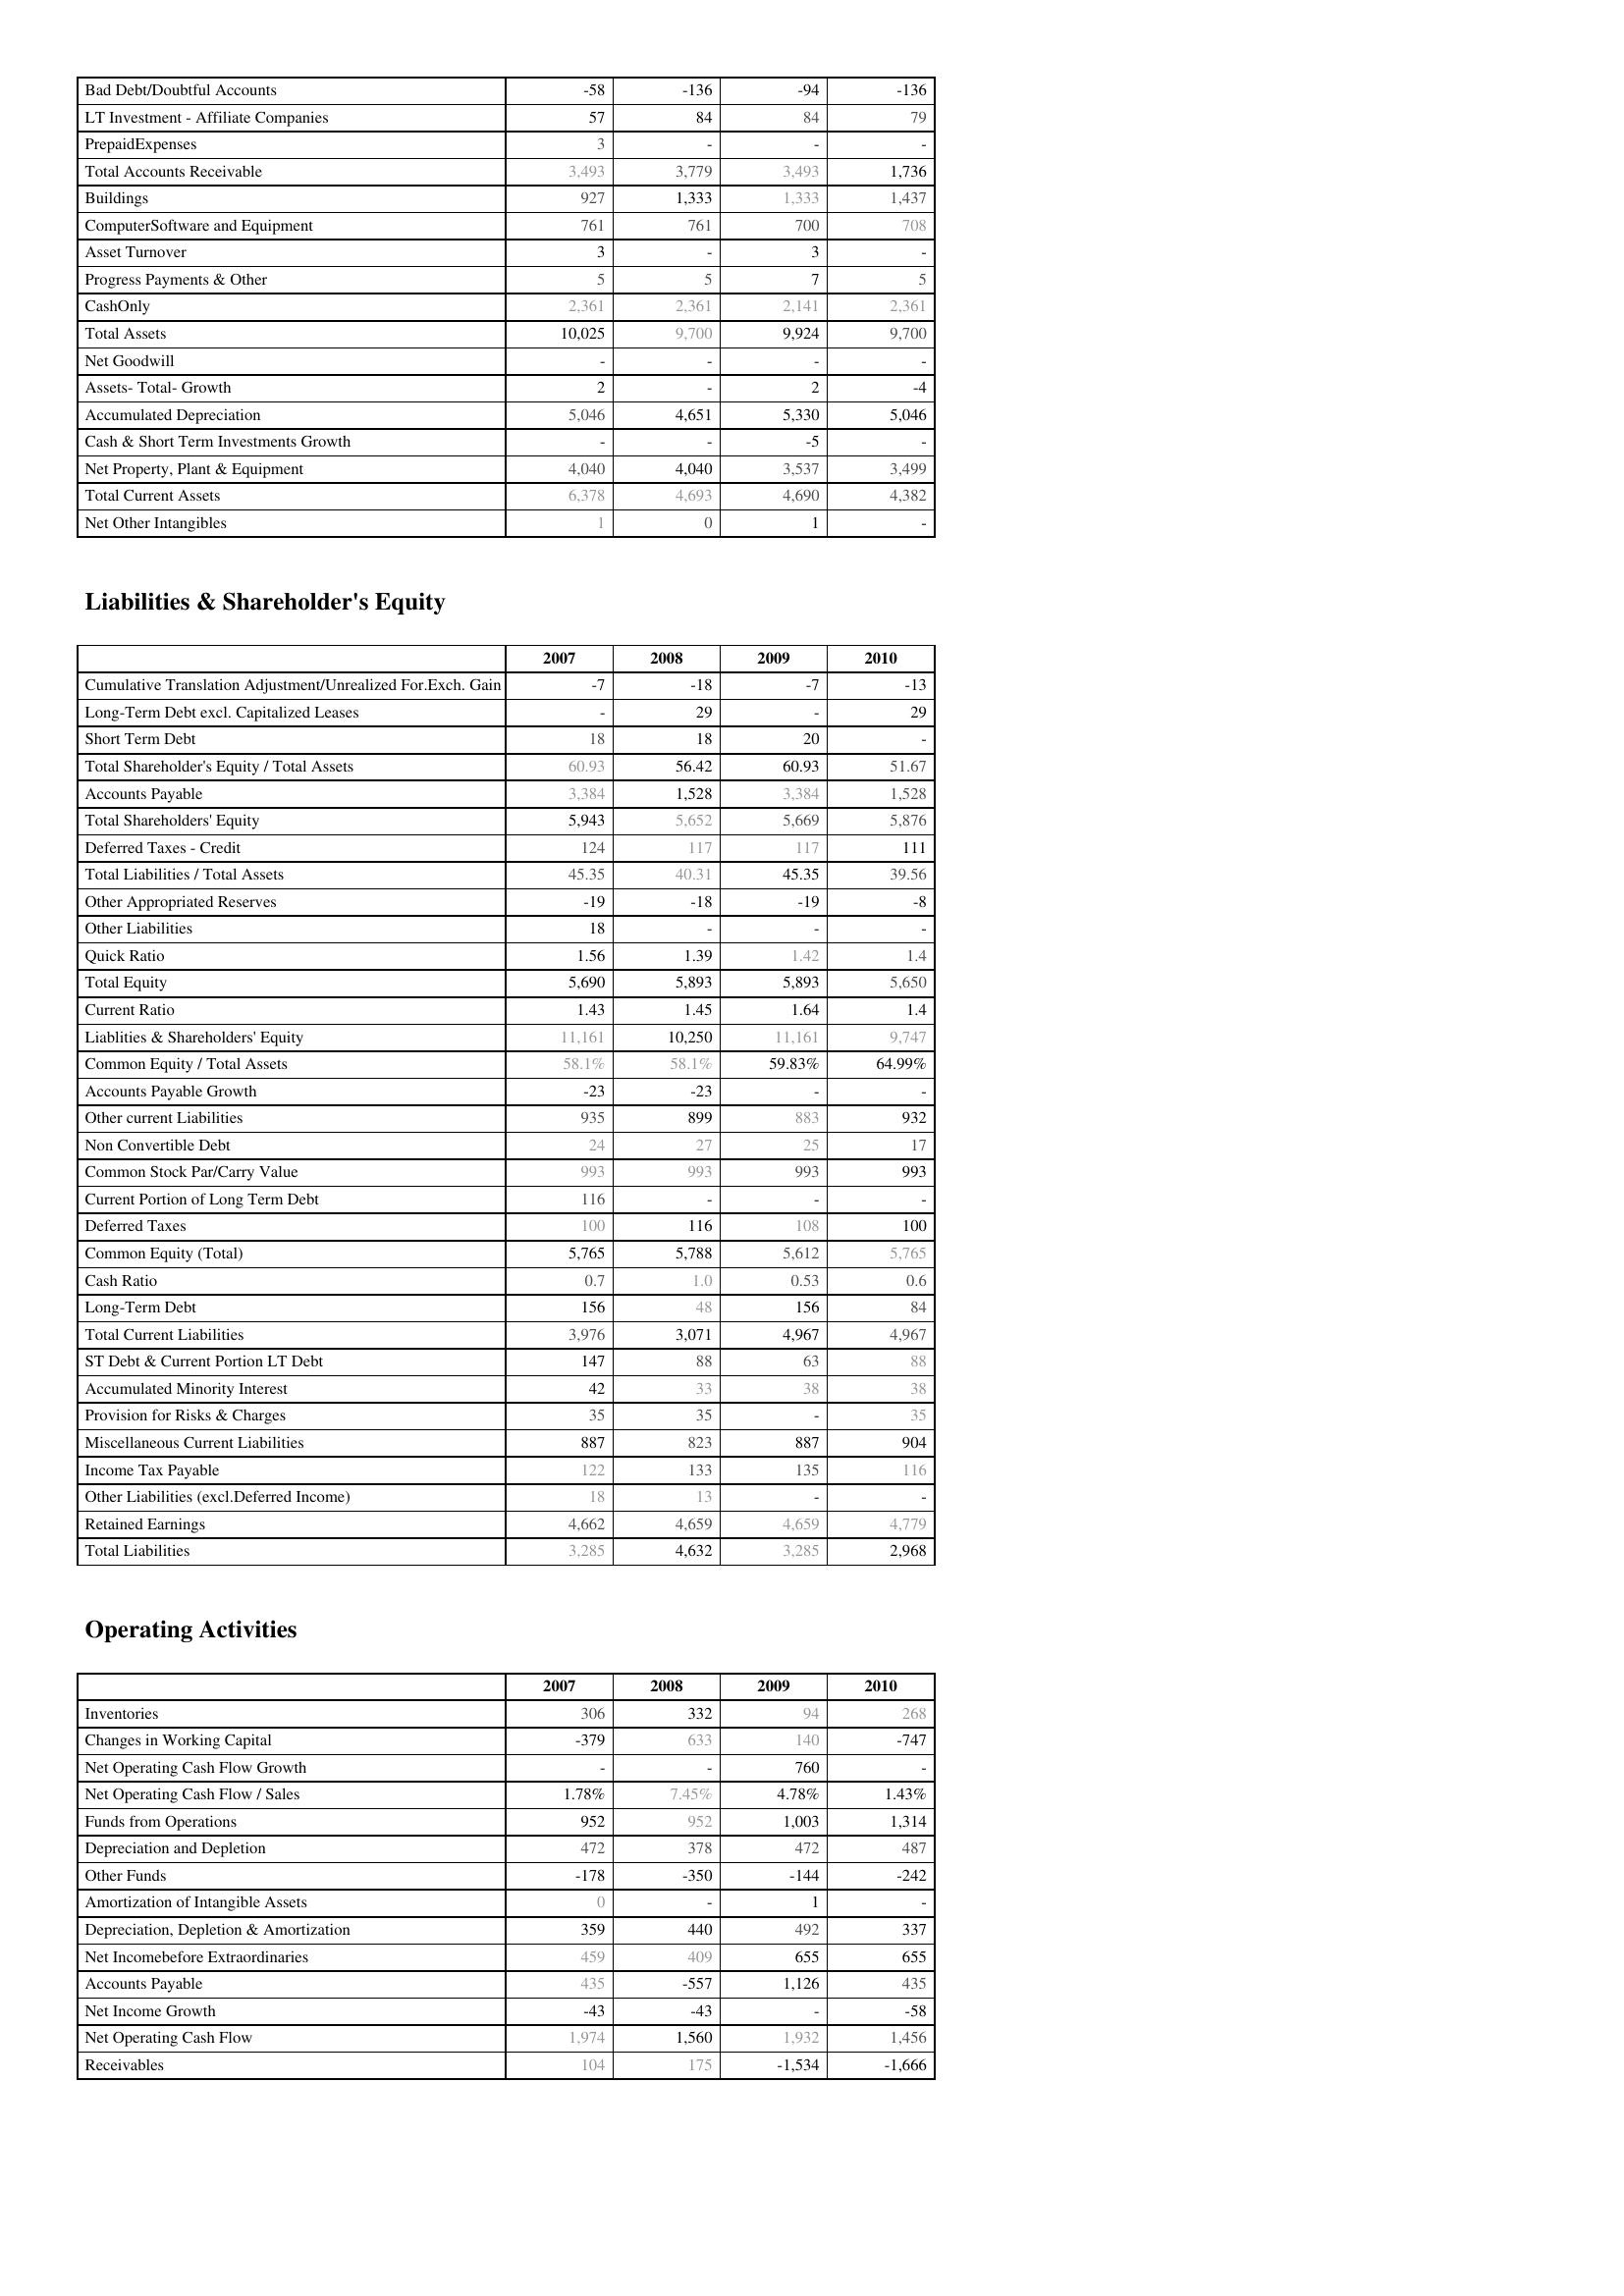
2007: Assets: Bad Debt/Doubtful Accounts: -58
LT Investment - Affiliate Companies: 57
PrepaidExpenses: 3
Total Accounts Receivable: 3,493
Buildings: 927
ComputerSoftware and Equipment: 761
Asset Turnover: 3
Progress Payments & Other: 5
CashOnly: 2,361
Total Assets: 10,025
Net Goodwill: -
Assets- Total- Growth: 2
Accumulated Depreciation: 5,046
Cash & Short Term Investments Growth: -
Net Property, Plant & Equipment: 4,040
Total Current Assets: 6,378
Net Other Intangibles: 1
Liabilities & Shareholder's Equity: Cumulative Translation Adjustment/Unrealized For.Exch. Gain: -7
Long-Term Debt excl. Capitalized Leases: -
Short Term Debt: 18
Total Shareholder's Equity / Total Assets: 60.93
Accounts Payable: 3,384
Total Shareholders' Equity: 5,943
Deferred Taxes - Credit: 124
Total Liabilities / Total Assets: 45.35
Other Appropriated Reserves: -19
Other Liabilities: 18
Quick Ratio: 1.56
Total Equity: 5,690
Current Ratio: 1.43
Liablities & Shareholders' Equity: 11,161
Common Equity / Total Assets: 58.1%
Accounts Payable Growth: -23
Other current Liabilities: 935
Non Convertible Debt: 24
Common Stock Par/Carry Value: 993
Current Portion of Long Term Debt: 116
Deferred Taxes: 100
Common Equity (Total): 5,765
Cash Ratio: 0.7
Long-Term Debt: 156
Total Current Liabilities: 3,976
ST Debt & Current Portion LT Debt: 147
Accumulated Minority Interest: 42
Provision for Risks & Charges: 35
Miscellaneous Current Liabilities: 887
Income Tax Payable: 122
Other Liabilities (excl.Deferred Income): 18
Retained Earnings: 4,662
Total Liabilities: 3,285
Operating Activities: Inventories: 306
Changes in Working Capital: -379
Net Operating Cash Flow Growth: -
Net Operating Cash Flow / Sales: 1.78%
Funds from Operations: 952
Depreciation and Depletion: 472
Other Funds: -178
Amortization of Intangible Assets: 0
Depreciation, Depletion & Amortization: 359
Net Incomebefore Extraordinaries: 459
Accounts Payable: 435
Net Income Growth: -43
Net Operating Cash Flow: 1,974
Receivables: 104
2008: Assets: Bad Debt/Doubtful Accounts: -136
LT Investment - Affiliate Companies: 84
PrepaidExpenses: -
Total Accounts Receivable: 3,779
Buildings: 1,333
ComputerSoftware and Equipment: 761
Asset Turnover: -
Progress Payments & Other: 5
CashOnly: 2,361
Total Assets: 9,700
Net Goodwill: -
Assets- Total- Growth: -
Accumulated Depreciation: 4,651
Cash & Short Term Investments Growth: -
Net Property, Plant & Equipment: 4,040
Total Current Assets: 4,693
Net Other Intangibles: 0
Liabilities & Shareholder's Equity: Cumulative Translation Adjustment/Unrealized For.Exch. Gain: -18
Long-Term Debt excl. Capitalized Leases: 29
Short Term Debt: 18
Total Shareholder's Equity / Total Assets: 56.42
Accounts Payable: 1,528
Total Shareholders' Equity: 5,652
Deferred Taxes - Credit: 117
Total Liabilities / Total Assets: 40.31
Other Appropriated Reserves: -18
Other Liabilities: -
Quick Ratio: 1.39
Total Equity: 5,893
Current Ratio: 1.45
Liablities & Shareholders' Equity: 10,250
Common Equity / Total Assets: 58.1%
Accounts Payable Growth: -23
Other current Liabilities: 899
Non Convertible Debt: 27
Common Stock Par/Carry Value: 993
Current Portion of Long Term Debt: -
Deferred Taxes: 116
Common Equity (Total): 5,788
Cash Ratio: 1.0
Long-Term Debt: 48
Total Current Liabilities: 3,071
ST Debt & Current Portion LT Debt: 88
Accumulated Minority Interest: 33
Provision for Risks & Charges: 35
Miscellaneous Current Liabilities: 823
Income Tax Payable: 133
Other Liabilities (excl.Deferred Income): 13
Retained Earnings: 4,659
Total Liabilities: 4,632
Operating Activities: Inventories: 332
Changes in Working Capital: 633
Net Operating Cash Flow Growth: -
Net Operating Cash Flow / Sales: 7.45%
Funds from Operations: 952
Depreciation and Depletion: 378
Other Funds: -350
Amortization of Intangible Assets: -
Depreciation, Depletion & Amortization: 440
Net Incomebefore Extraordinaries: 409
Accounts Payable: -557
Net Income Growth: -43
Net Operating Cash Flow: 1,560
Receivables: 175
2009: Assets: Bad Debt/Doubtful Accounts: -94
LT Investment - Affiliate Companies: 84
PrepaidExpenses: -
Total Accounts Receivable: 3,493
Buildings: 1,333
ComputerSoftware and Equipment: 700
Asset Turnover: 3
Progress Payments & Other: 7
CashOnly: 2,141
Total Assets: 9,924
Net Goodwill: -
Assets- Total- Growth: 2
Accumulated Depreciation: 5,330
Cash & Short Term Investments Growth: -5
Net Property, Plant & Equipment: 3,537
Total Current Assets: 4,690
Net Other Intangibles: 1
Liabilities & Shareholder's Equity: Cumulative Translation Adjustment/Unrealized For.Exch. Gain: -7
Long-Term Debt excl. Capitalized Leases: -
Short Term Debt: 20
Total Shareholder's Equity / Total Assets: 60.93
Accounts Payable: 3,384
Total Shareholders' Equity: 5,669
Deferred Taxes - Credit: 117
Total Liabilities / Total Assets: 45.35
Other Appropriated Reserves: -19
Other Liabilities: -
Quick Ratio: 1.42
Total Equity: 5,893
Current Ratio: 1.64
Liablities & Shareholders' Equity: 11,161
Common Equity / Total Assets: 59.83%
Accounts Payable Growth: -
Other current Liabilities: 883
Non Convertible Debt: 25
Common Stock Par/Carry Value: 993
Current Portion of Long Term Debt: -
Deferred Taxes: 108
Common Equity (Total): 5,612
Cash Ratio: 0.53
Long-Term Debt: 156
Total Current Liabilities: 4,967
ST Debt & Current Portion LT Debt: 63
Accumulated Minority Interest: 38
Provision for Risks & Charges: -
Miscellaneous Current Liabilities: 887
Income Tax Payable: 135
Other Liabilities (excl.Deferred Income): -
Retained Earnings: 4,659
Total Liabilities: 3,285
Operating Activities: Inventories: 94
Changes in Working Capital: 140
Net Operating Cash Flow Growth: 760
Net Operating Cash Flow / Sales: 4.78%
Funds from Operations: 1,003
Depreciation and Depletion: 472
Other Funds: -144
Amortization of Intangible Assets: 1
Depreciation, Depletion & Amortization: 492
Net Incomebefore Extraordinaries: 655
Accounts Payable: 1,126
Net Income Growth: -
Net Operating Cash Flow: 1,932
Receivables: -1,534
2010: Assets: Bad Debt/Doubtful Accounts: -136
LT Investment - Affiliate Companies: 79
PrepaidExpenses: -
Total Accounts Receivable: 1,736
Buildings: 1,437
ComputerSoftware and Equipment: 708
Asset Turnover: -
Progress Payments & Other: 5
CashOnly: 2,361
Total Assets: 9,700
Net Goodwill: -
Assets- Total- Growth: -4
Accumulated Depreciation: 5,046
Cash & Short Term Investments Growth: -
Net Property, Plant & Equipment: 3,499
Total Current Assets: 4,382
Net Other Intangibles: -
Liabilities & Shareholder's Equity: Cumulative Translation Adjustment/Unrealized For.Exch. Gain: -13
Long-Term Debt excl. Capitalized Leases: 29
Short Term Debt: -
Total Shareholder's Equity / Total Assets: 51.67
Accounts Payable: 1,528
Total Shareholders' Equity: 5,876
Deferred Taxes - Credit: 111
Total Liabilities / Total Assets: 39.56
Other Appropriated Reserves: -8
Other Liabilities: -
Quick Ratio: 1.4
Total Equity: 5,650
Current Ratio: 1.4
Liablities & Shareholders' Equity: 9,747
Common Equity / Total Assets: 64.99%
Accounts Payable Growth: -
Other current Liabilities: 932
Non Convertible Debt: 17
Common Stock Par/Carry Value: 993
Current Portion of Long Term Debt: -
Deferred Taxes: 100
Common Equity (Total): 5,765
Cash Ratio: 0.6
Long-Term Debt: 84
Total Current Liabilities: 4,967
ST Debt & Current Portion LT Debt: 88
Accumulated Minority Interest: 38
Provision for Risks & Charges: 35
Miscellaneous Current Liabilities: 904
Income Tax Payable: 116
Other Liabilities (excl.Deferred Income): -
Retained Earnings: 4,779
Total Liabilities: 2,968
Operating Activities: Inventories: 268
Changes in Working Capital: -747
Net Operating Cash Flow Growth: -
Net Operating Cash Flow / Sales: 1.43%
Funds from Operations: 1,314
Depreciation and Depletion: 487
Other Funds: -242
Amortization of Intangible Assets: -
Depreciation, Depletion & Amortization: 337
Net Incomebefore Extraordinaries: 655
Accounts Payable: 435
Net Income Growth: -58
Net Operating Cash Flow: 1,456
Receivables: -1,666